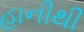
હાનીથી